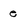
Character: e